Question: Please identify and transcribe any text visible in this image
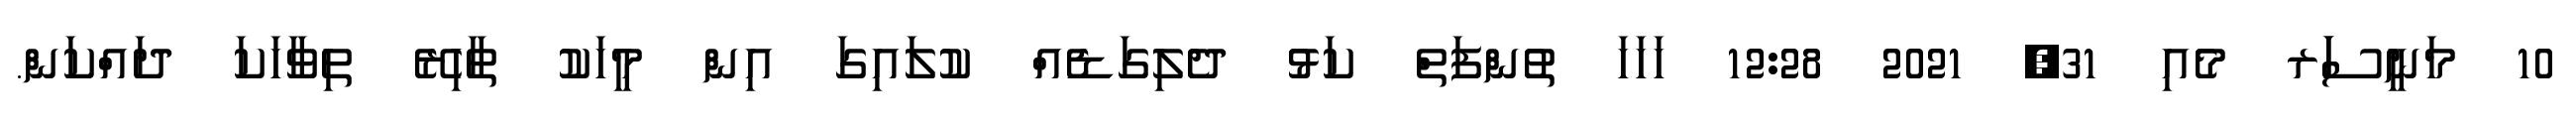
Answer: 10 މަނީސަަރ މެއި 31, 2021 12:28 ހަހަހަ ތުންފަތް ކަޅު ދެލިގަޑެއް ކުލައިގަ އިން މީހަކު ތާހިރޭ ތިވާހަކަ ދައްކަން.